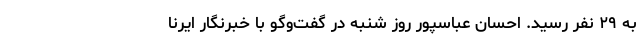
به ۲۹ نفر رسید. احسان عباسپور روز شنبه در گفت‌وگو با خبرنگار ایرنا